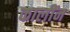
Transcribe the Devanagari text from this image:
कालींन